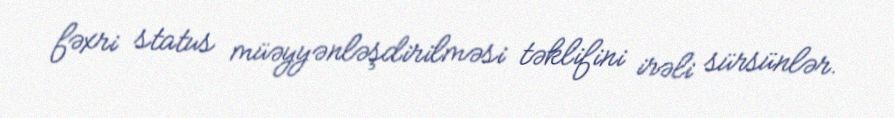
fəxri status müəyyənləşdirilməsi təklifini irəli sürsünlər.